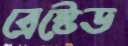
ব্রেস্টেড